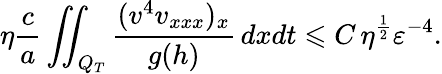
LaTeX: \eta\frac{c}{a}\iint_{Q_{T}}{\frac{(v^{4}v_{xxx})_{x}}{g(h)}\, dxdt}\leqslant C\, \eta^{\frac{1}{2}}\varepsilon^{-4}.